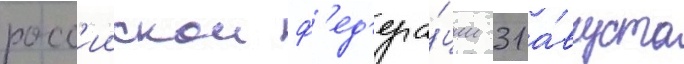
росс'иискои ф'ед'ера́ции 31 а́вгуста